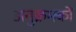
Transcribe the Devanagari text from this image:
अनुक्रमकों